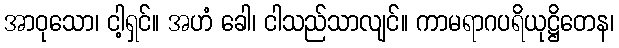
အာဝုသော၊ ငါ့ရှင်။ အဟံ ခေါ၊ ငါသည်သာလျင်။ ကာမရာဂပရိယုဋ္ဌိတေန၊